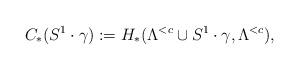
LaTeX: \begin{align*} C_*(S^1\cdot\gamma):=H_*(\Lambda^{<c} \cup S^1\cdot\gamma,\Lambda^{<c}),\end{align*}